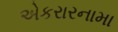
એકરારનામા